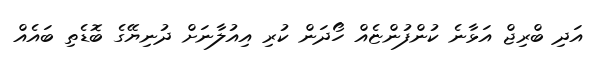
އަދި ބްރިޖް އަޅާނެ ކުންފުންޏެއް ހޯދަން ކުރި އިއުލާނަށް ދުނިޔޭގެ ބޮޑެތި ބައެއް